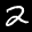
Label: 2